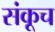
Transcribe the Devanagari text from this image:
संकूच